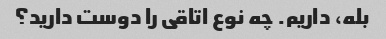
بله، داریم. چه نوع اتاقی را دوست دارید؟